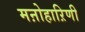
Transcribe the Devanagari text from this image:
मऩोहाऱिणी